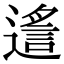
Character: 𨖈